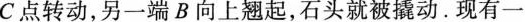
C 点转动，另一端 B 向上翘起，石头就被撬动。现有一